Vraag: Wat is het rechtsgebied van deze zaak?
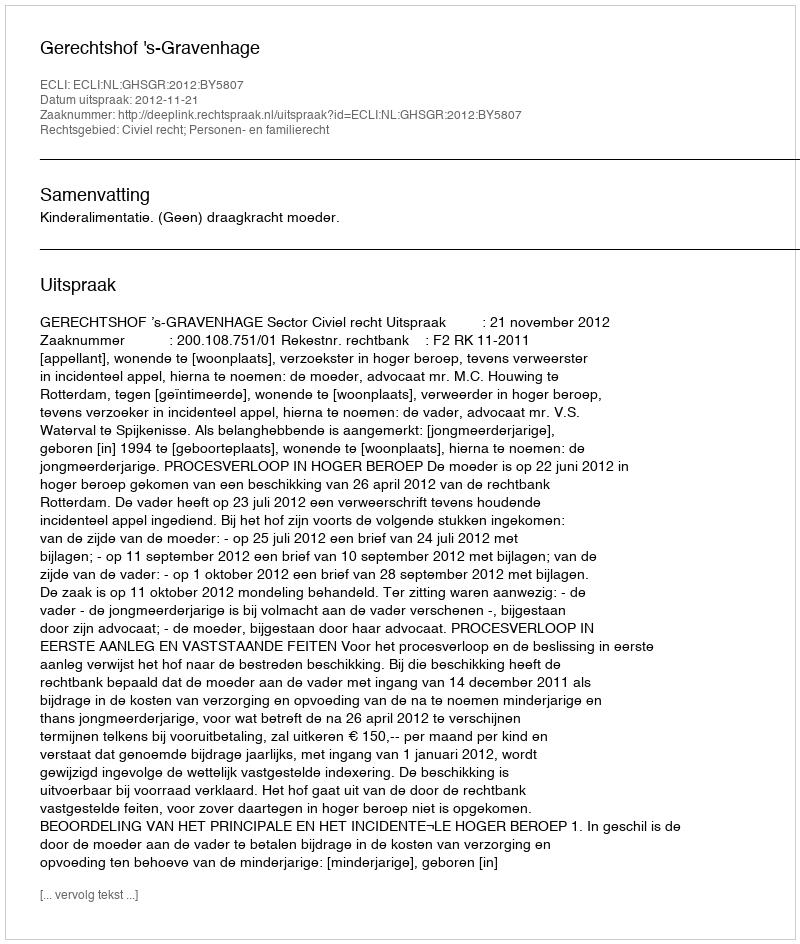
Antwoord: Civiel recht; Personen- en familierecht